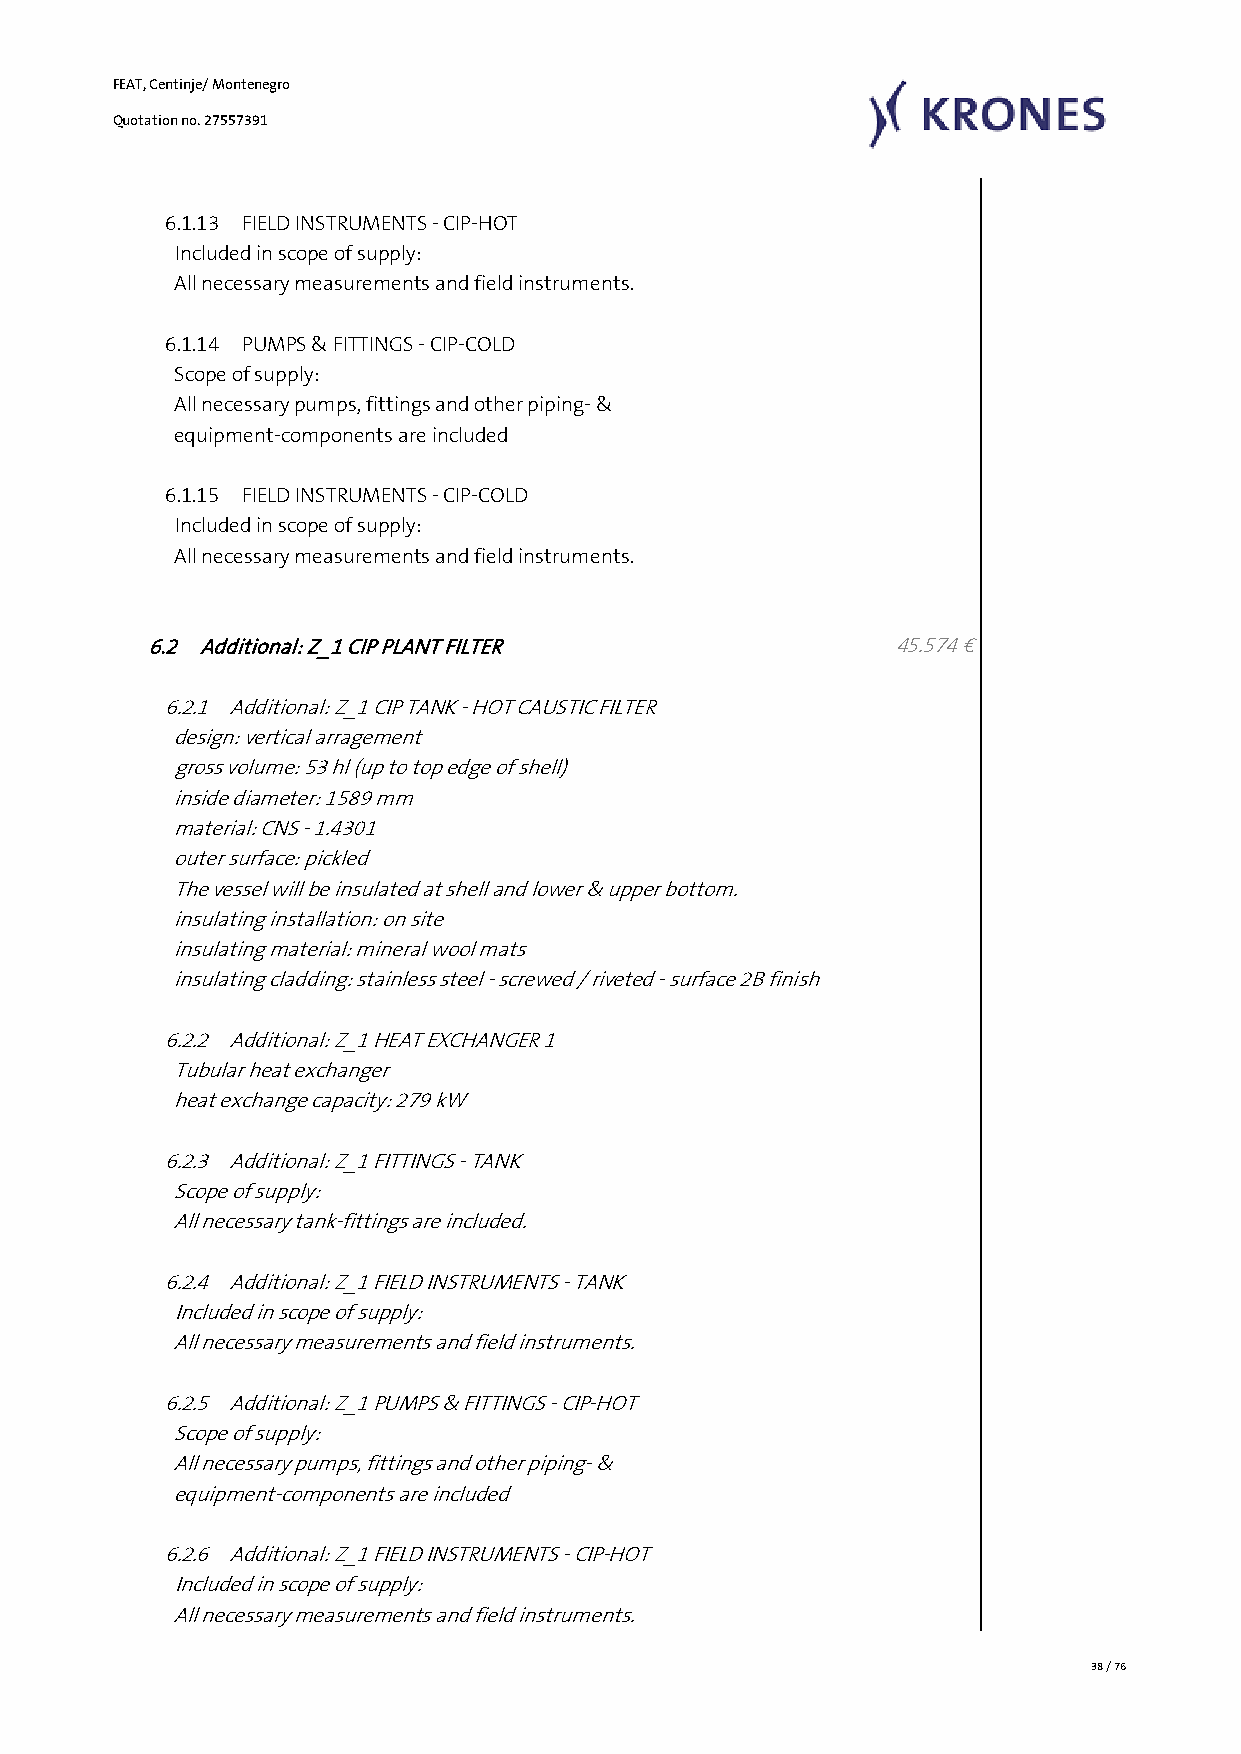
FEAT, Centinje/ Montenegro
 Quotation no. 27557391
 6.1.13 FIELD INSTRUMENTS - CIP-HOT
 Included in scope of supply:
 All necessary measurements and field instruments.
 6.1.14 PUMPS & FITTINGS - CIP-COLD
 Scope of supply:
 All necessary pumps, fittings and other piping- &
 equipment-components are included
 6.1.15 FIELD INSTRUMENTS - CIP-COLD
 Included in scope of supply:
 All necessary measurements and field instruments.
 6.2 Additional: Z_1 CIP PLANT FILTER              45.574 €
 6.2.1 Additional: Z_1 CIP TANK - HOT CAUSTIC FILTER
 design: vertical arragement
 gross volume: 53 hl (up to top edge of shell)
 inside diameter: 1589 mm
 material: CNS - 1.4301
 outer surface: pickled
 The vessel will be insulated at shell and lower & upper bottom.
 insulating installation: on site
 insulating material: mineral wool mats
 insulating cladding: stainless steel - screwed / riveted - surface 2B finish
 6.2.2 Additional: Z_1 HEAT EXCHANGER 1
 Tubular heat exchanger
 heat exchange capacity: 279 kW
 6.2.3 Additional: Z_1 FITTINGS - TANK
 Scope of supply:
 All necessary tank-fittings are included.
 6.2.4 Additional: Z_1 FIELD INSTRUMENTS - TANK
 Included in scope of supply:
 All necessary measurements and field instruments.
 6.2.5 Additional: Z_1 PUMPS & FITTINGS - CIP-HOT
 Scope of supply:
 All necessary pumps, fittings and other piping- &
 equipment-components are included
 6.2.6 Additional: Z_1 FIELD INSTRUMENTS - CIP-HOT
 Included in scope of supply:
 All necessary measurements and field instruments.
 38 / 76